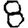
Digit: 8